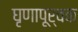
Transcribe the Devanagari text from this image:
घृणापूर्वक